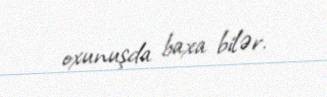
oxunuşda baxa bilər.